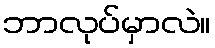
ဘာလုပ်မှာလဲ။